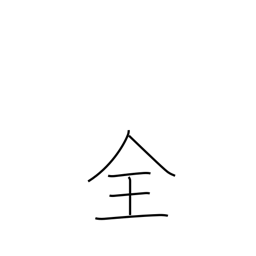
Meaning: whole